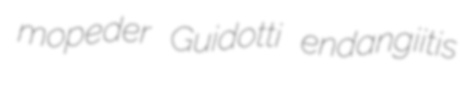
mopeder Guidotti endangiitis